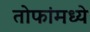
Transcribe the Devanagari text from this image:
तोफांमध्ये